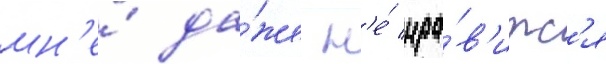
мн'е́ да́же н'е́ нра́в'итс'я